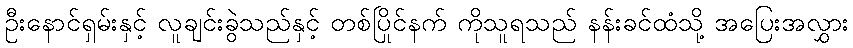
ဦးနောင်ရှမ်းနှင့် လူချင်းခွဲသည်နှင့် တစ်ပြိုင်နက် ကိုသူရသည် နန်းခင်ထံသို့ အပြေးအလွှား